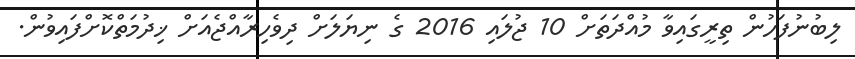
ލިބުނުފަހުން ތިރީގައިވާ މުއްދަތަށް 10 ޖުލައި 2016 ގެ ނިޔަލަށް ދިވެހިރާއްޖެއަށް ޚިދުމަތްކޮށްފައިވުން.